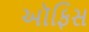
ઑફિસ